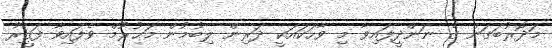
މަދޮރުބަގަން ގެ ނަންދީފައިވާ މި ވާހަކައަކީ ދަރިން ލިބުމުން މަޙުރޫމް ވެފައިވާ ފަޤީރު